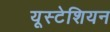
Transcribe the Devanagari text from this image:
यूस्टेशियन